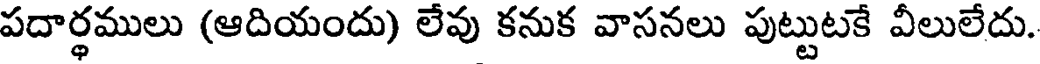
పదార్థములు (ఆదియందు) లేవు కనుక వాసనలు పుట్టుటకే వీలులేదు.